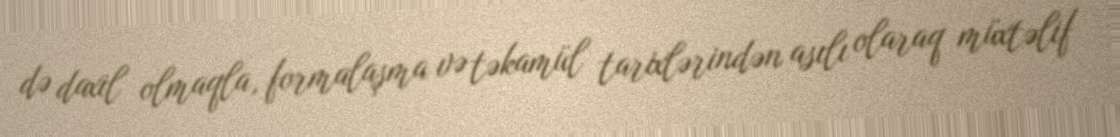
də daxil olmaqla, formalaşma və təkamül tarixlərindən asılı olaraq müxtəlif